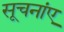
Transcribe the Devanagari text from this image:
सूचनांए